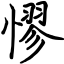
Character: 憀